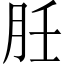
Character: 䏕